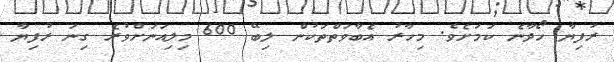
ރުފިޔާ ހޯދާނެ ކަމަށެވެ. މިހާރު އެބާވަތްތަކުން ލިބޭ 600 މިލިއަނަށްވުރެ ގިނަ ރުފިޔާ